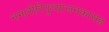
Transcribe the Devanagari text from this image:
नगारीरिपुच्याजनकासह